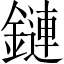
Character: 鏈